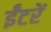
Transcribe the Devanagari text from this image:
ईंटरें